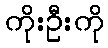
ကိုးဦးကို